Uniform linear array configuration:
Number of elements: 16
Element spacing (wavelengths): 0.25
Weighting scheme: exponential
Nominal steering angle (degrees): -45
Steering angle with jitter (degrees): -46.668
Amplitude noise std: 0.05
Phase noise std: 0.05

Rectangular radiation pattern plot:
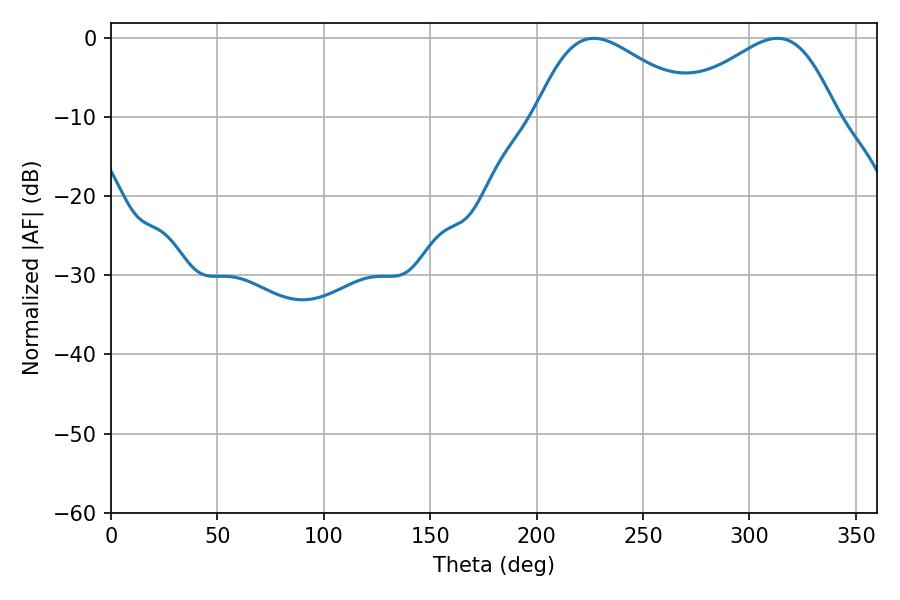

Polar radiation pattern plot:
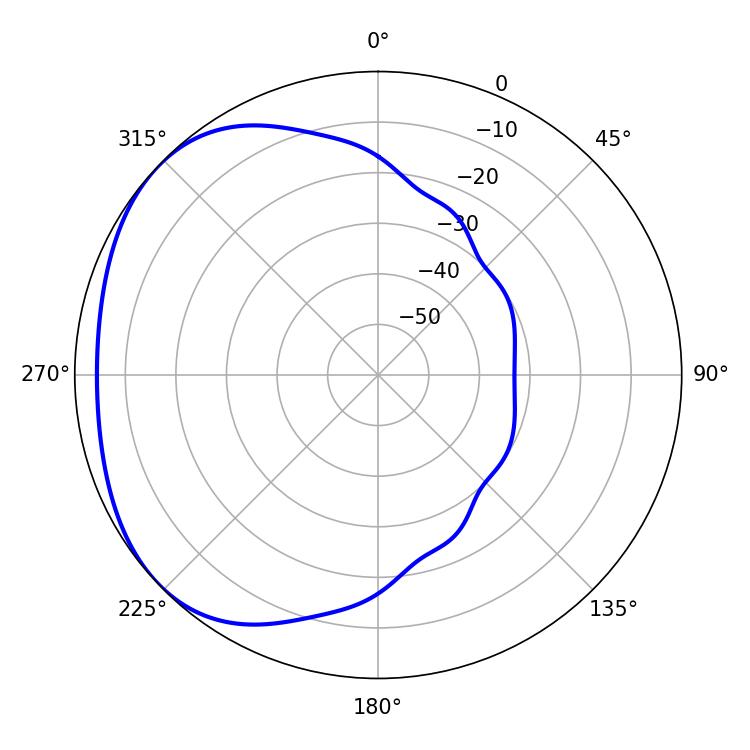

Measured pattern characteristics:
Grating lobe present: FALSE
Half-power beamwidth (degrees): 40.86
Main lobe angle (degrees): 226.8